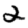
Digit: 2